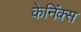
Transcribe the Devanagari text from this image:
केनिंक्स